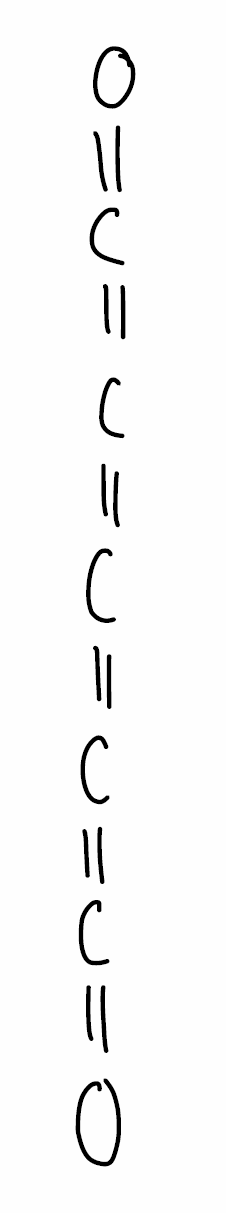
Simplified molecular-input line-entry system (SMILES) notation of the given molecule:
C(=C=C=O)=C=C=O